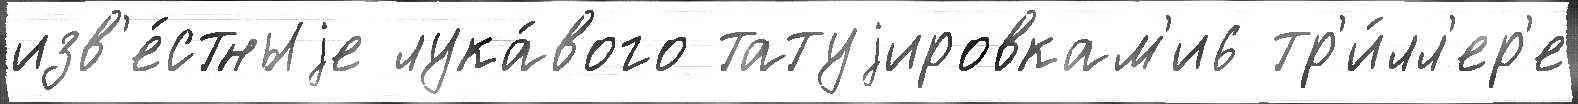
изв'е́стныjе лука́вого татуjировкам'и6 тр'и́лл'ер'е